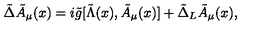
{ \tilde { \Delta } } { \tilde { A } } _ { \mu } ( x ) = i { \tilde { g } } [ { \tilde { \Lambda } } ( x ) , { \tilde { A } } _ { \mu } ( x ) ] + { \tilde { \Delta } } _ { L } { \tilde { A } } _ { \mu } ( x ) ,